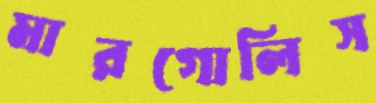
মারগোলিস